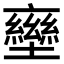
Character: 𡓩